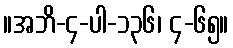
။အဘိ-၄-ပါ-၁၃၆၊ ၄-၆၅။